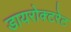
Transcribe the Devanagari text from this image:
डायरोक्टरेट